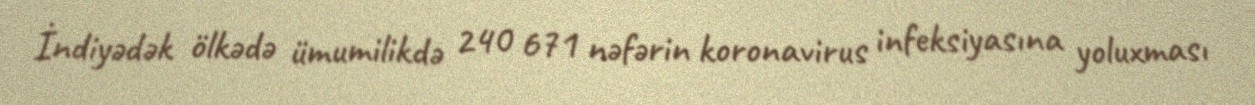
İndiyədək ölkədə ümumilikdə 240 671 nəfərin koronavirus infeksiyasına yoluxması